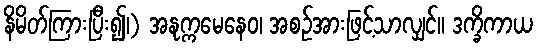
နိမိတ်ကြားပြီး၍၊) အနုက္ကမေနေဝ၊ အစဉ်အားဖြင့်သာလျှင်။ ဒက္ခိကာယ